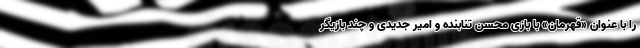
را با عنوان «قهرمان» با بازی محسن تنابنده و امیر جدیدی و چند بازیگر